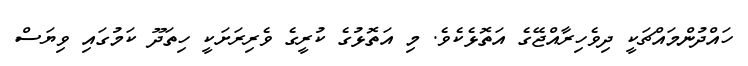
ހައްދުންމައްޗަކީ ދިވެހިރާއްޖޭގެ އަތޮޅެކެވެ. މި އަތޮޅުގެ ކުރީގެ ވެރިރަށަކީ ހިތަދޫ ކަމުގައި ވިޔަސް